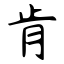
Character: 肯